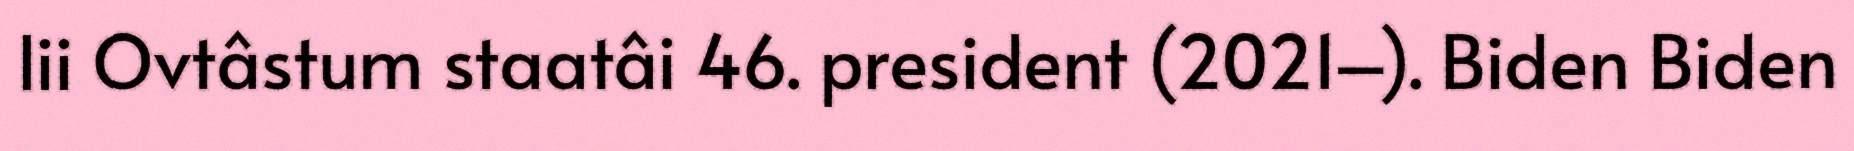
lii Ovtâstum staatâi 46. president (2021–). Biden Biden